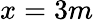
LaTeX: x=3m